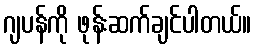
ဂျပန်ကို ဖုန်းဆက်ချင်ပါတယ်။